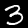
Label: 3